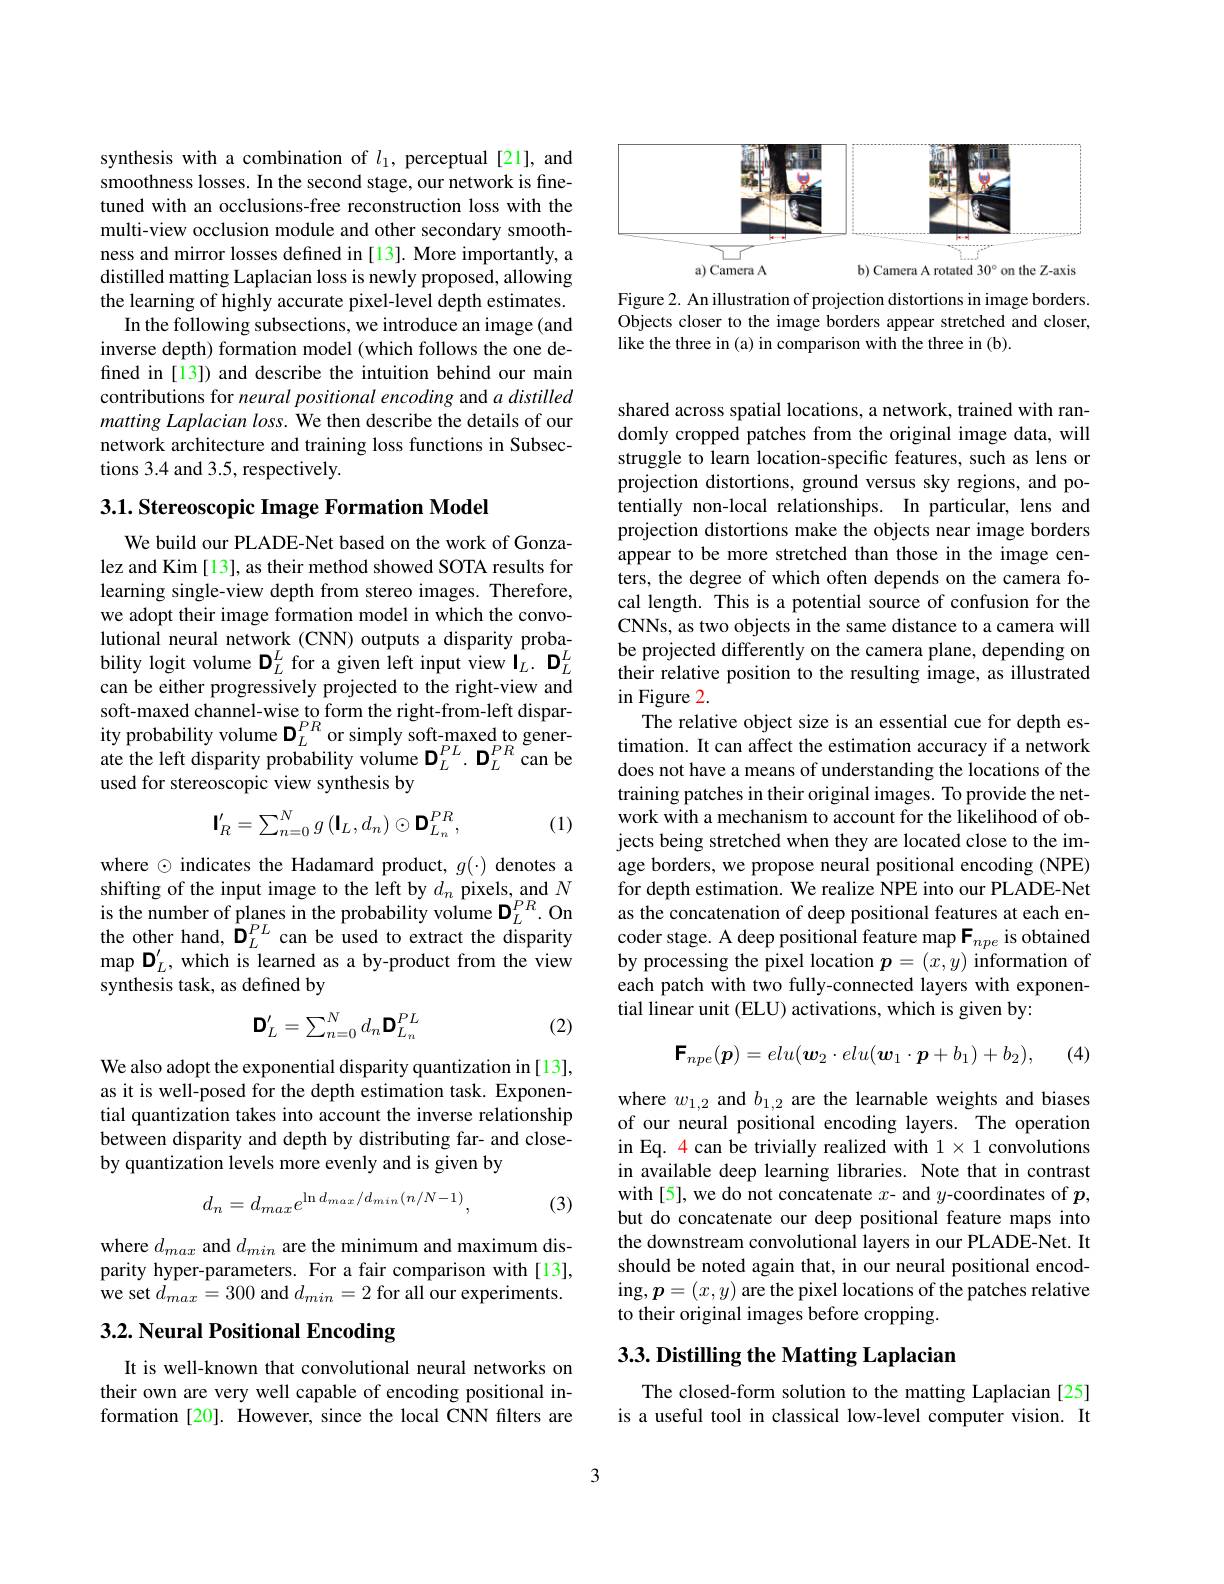
synthesis with a combination of $l_1$, perceptual [21], and smoothness losses. In the second stage, our network is finetuned with an occlusions-free reconstruction loss with the multi-view occlusion module and other secondary smoothness and mirror losses defined in [13]. More importantly, a distilled matting Laplacian loss is newly proposed, allowing the learning of highly accurate pixel-level depth estimates.
In the following subsections, we introduce an image (and inverse depth) formation model (which follows the one defined in [13]) and describe the intuition behind our main contributions for neural positional encoding and $a\textit{distilled}$ matting Laplacian loss. We then describe the details of our network architecture and training loss functions in Subsections 3.4 and 3.5, respectively.

3.1. Stereoscopic Image Formation Model

We build our PLADE-Net based on the work of Gonzalez and Kim [13], as their method showed SOTA results for learning single-view depth from stereo images. Therefore, we adopt their image formation model in which the convolutional neural network (CNN) outputs a disparity probability logit volume $\mathbf{D}_L^L$ for a given left input view $\mathbf{I}_L.\mathbf{D}_L^L$ can be either progressively projected to the right-view and soft-maxed channel-wise to form the right-from-left disparity probability volume $\mathbf{D}_L^{PR}$ or simply soft-maxed to generate the left disparity probability volume $\mathbf{D}_{L}^{PL}.\mathbf{D}_{L}^{PR}$can be used for stereoscopic view synthesis by
$$\mathsf{I'}_R=\sum_{n=0}^Ng\left(\mathsf{I}_L,d_n\right)\odot\mathsf{D}_{L_n}^{PR},$$
(1)

where $\odot$ indicates the Hadamard product, $g(\cdot)$ denotes a shifting of the input image to the left by $d_n$ pixels, and $N$ is the number of planes in the probability volume $\mathbf{D}_{L}^{PR}.$ On the other hand, $\mathbf{D}_{L}^{PL}$ can be used to extract the disparity $\operatorname*{map}\mathbf{D}_{L}^{\prime}$, which is learned as a by-product from the view synthesis task, as defined by
$$\mathbf{D}_L^\prime=\sum_{n=0}^Nd_n\mathbf{D}_{L_n}^{PL}$$
(2)

We also adopt the exponential disparity quantization in[13], as it is well-posed for the depth estimation task. Exponential quantization takes into account the inverse relationship between disparity and depth by distributing far- and closeby quantization levels more evenly and is given by
$$d_n=d_{max}e^{\ln d_{max}/d_{min}(n/N-1)},$$
(3)

where $d_{max}$ and $d_min$ are the minimum and maximum disparity hyper-parameters. For a fair comparison with[13], we set $d_{max}=300$ and $d_{min}=2$ for all our experiments.

# 3.2. Neural Positional Encoding

It is well-known that convolutional neural networks on their own are very well capable of encoding positional information [20]. However, since the local CNN filters are

<FigureHere>

Figure 2. An illustration of projection distortions in image borders. Objects closer to the image borders appear stretched and closer, like the three in (a) in comparison with the three in (b).

shared across spatial locations, a network, trained with randomly cropped patches from the original image data, will struggle to learn location-specific features, such as lens or projection distortions, ground versus sky regions, and potentially non-local relationships. In particular, lens and projection distortions make the objects near image borders appear to be more stretched than those in the image centers, the degree of which often depends on the camera focal length. This is a potential source of confusion for the CNNs, as two objects in the same distance to a camera will be projected differently on the camera plane, depending on their relative position to the resulting image, as illustrated in Figure 2.
The relative object size is an essential cue for depth estimation. It can affect the estimation accuracy if a network does not have a means of understanding the locations of the training patches in their original images. To provide the network with a mechanism to account for the likelihood of objects being stretched when they are located close to the image borders, we propose neural positional encoding (NPE) for depth estimation. We realize NPE into our PLADE-Net as the concatenation of deep positional features at each encoder stage. A deep positional feature map $\mathbf{F}_{npe}$ is obtained by processing the pixel location $\boldsymbol{p}=(x,y)$ information of each patch with two fully-connected layers with exponential linear unit (ELU) activations, which is given by:
$$\mathsf{F}_{npe}(\boldsymbol{p})=elu(\boldsymbol{w}_2\cdot elu(\boldsymbol{w}_1\cdot\boldsymbol{p}+b_1)+b_2),$$
(4)

where $w_{1,2}$ and $b_{1,2}$ are the learnable weights and biases of our neural positional encoding layers. The operation in Eq. 4 can be trivially realized with $1\times1$ convolutions in available deep learning libraries. Note that in contrast with[5], we do not concatenate $x$- and $y$-coordinates of $p$, but do concatenate our deep positional feature maps into the downstream convolutional layers in our PLADE-Net. It should be noted again that, in our neural positional encoding$,\boldsymbol{p}=(x,y)$ are the pixel locations of the patches relative to their original images before cropping.

## $3. 3. \textbf{Distilling the Matting Laplacian}$

The closed-form solution to the matting Laplacian [25] is a useful tool in classical low-level computer vision. It

3